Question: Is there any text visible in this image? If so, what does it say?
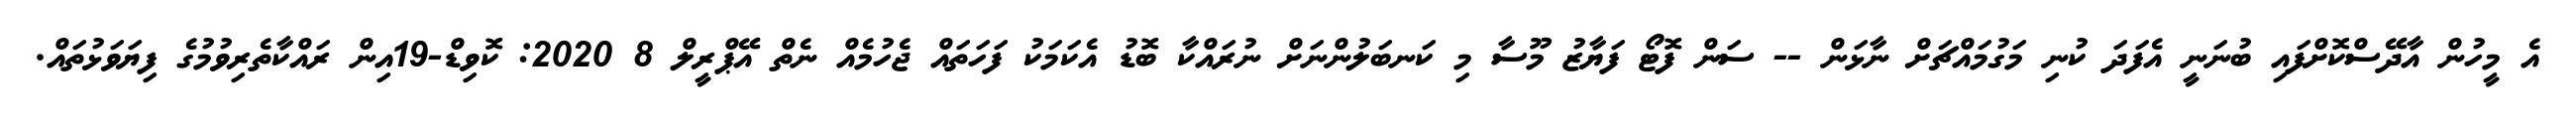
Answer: އެ މީހުން އާދޭސްކޮށްފައި ބުނަނީ އެފަދަ ކުނި މަގުމައްޗަށް ނާޅަން -- ސަން ފޮޓޯ ފަޔާޒު މޫސާ މި ކަނބަލުންނަށް ނުރައްކާ ބޮޑު އެކަމަކު ފަހަތައް ޖެހުމެއް ނެތް އޭޕްރީލް 8 2020: ކޮވިޑް-19އިން ރައްކާތެރިވުމުގެ ފިޔަވަޅުތައް.